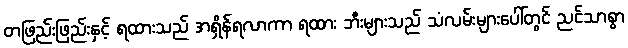
တဖြည်းဖြည်းနှင့် ရထားသည် အရှိန်ရလာကာ ရထား ဘီးများသည် သံလမ်းများပေါ်တွင် ညင်သာစွာ